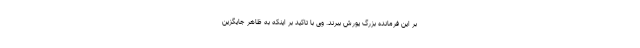
بر این فرمانده بزرگ یورش ببرند. وی با تاکید بر اینکه به ظاهر جایگزین